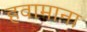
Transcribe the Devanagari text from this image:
हवामाना